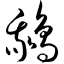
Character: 鹅